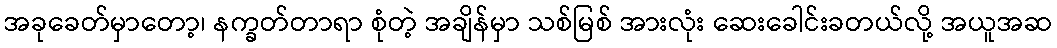
အခုခေတ်မှာတော့၊ နက္ခတ်တာရာ စုံတဲ့ အချိန်မှာ သစ်မြစ် အားလုံး ဆေးခေါင်းခတယ်လို့ အယူအဆ